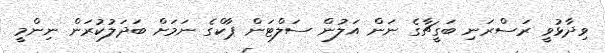
ވިދާޅުވީ ރަސްރަނި ބަގީޗާގެ ނަން އަލުން ސަލްޓަން ޕާކްގެ ނަމަށް ބަދަލުކުރަން ނިންމީ